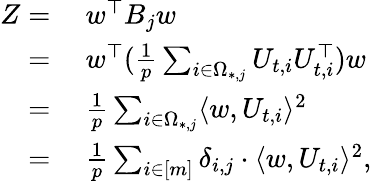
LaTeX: \begin{array}{rl}{Z=}&{~w^{\top}B_{j}w}\\ {=}&{~w^{\top}(\frac{1}{p}\sum_{i\in\Omega_{*,j}}U_{t,i}U_{t,i}^{\top})w}\\ {=}&{~\frac{1}{p}\sum_{i\in\Omega_{*,j}}\langle w,U_{t,i}\rangle^{2}}\\ {=}&{~\frac{1}{p}\sum_{i\in[m]}\delta_{i,j}\cdot\langle w,U_{t,i}\rangle^{2},}\end{array}